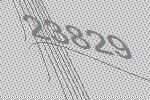
23829